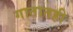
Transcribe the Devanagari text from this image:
गातातही